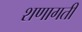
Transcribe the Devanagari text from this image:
शणागती